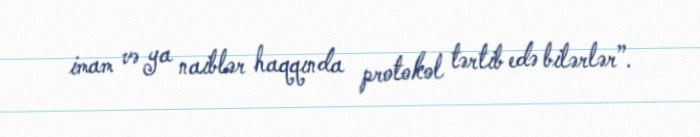
imam və ya naiblər haqqında protokol tərtib edə bilərlər”.